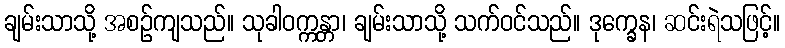
ချမ်းသာသို့ အစဉ်ကျသည်။ သုခါဝက္ကန္တာ၊ ချမ်းသာသို့ သက်ဝင်သည်။ ဒုက္ခေန၊ ဆင်းရဲသဖြင့်။